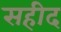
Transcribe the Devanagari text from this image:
सहीद